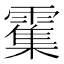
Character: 𫕱